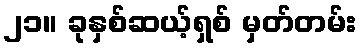
၂၁။ ခုနှစ်ဆယ့်ရှစ် မှတ်တမ်း